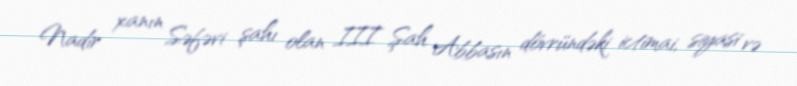
Nadir xanın Səfəvi şahı olan III Şah Abbasın dövründəki ictimai, siyasi və